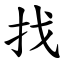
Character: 找